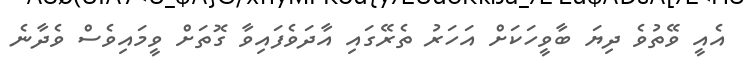
އެއީ ވޭތުވެ ދިޔަ ބާވީހަކަށް އަހަރު ތެރޭގައި އާދަވެފައިވާ ގޮތަށް ވީމައިވެސް ވެދާނެ